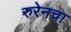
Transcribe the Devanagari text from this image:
रुरेनचा